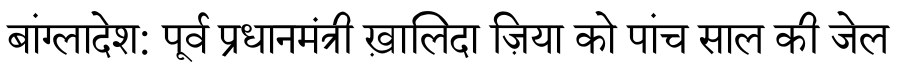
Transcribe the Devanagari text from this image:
बांग्लादेश: पूर्व प्रधानमंत्री ख़ालिदा ज़िया को पांच साल की जेल